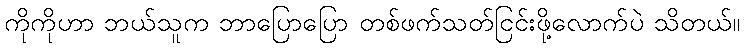
ကိုကိုဟာ ဘယ်သူက ဘာပြောပြော တစ်ဖက်သတ်ငြင်းဖို့လောက်ပဲ သိတယ်။